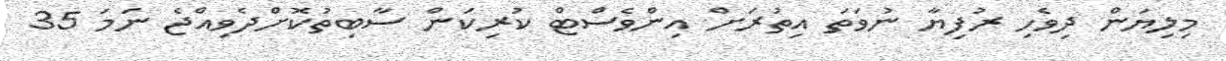
މިލިޔަން ދިވެހި ރުފިޔާ ނުވަތަ އިތުރަށް އިންވެސްޓް ކުރިކަން ސާބިތުކޮށްދެވިއްޖެ ނަމަ 35